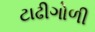
ટાઢીગોળી